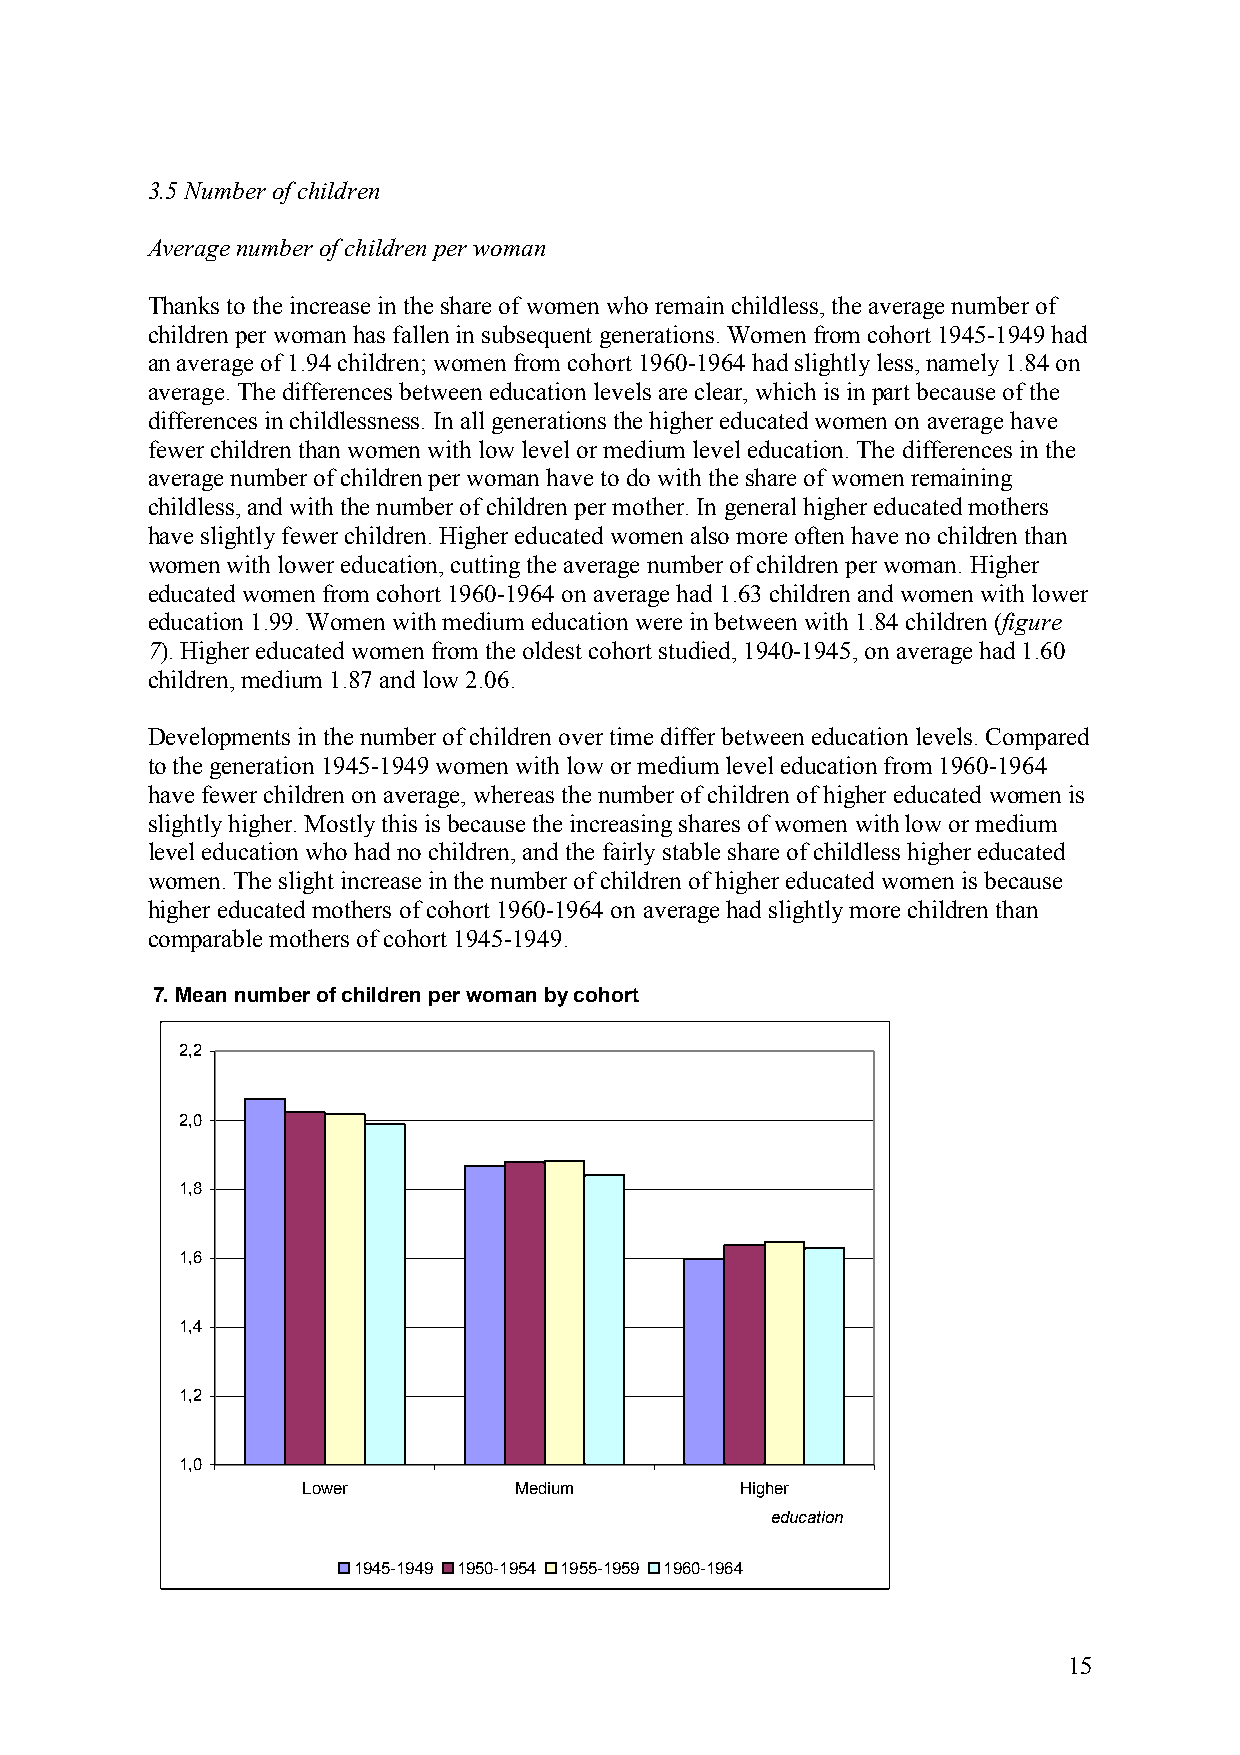
3.5 Number of children
 Average number of children per woman
 Thanks to the increase in the share of women who remain childless, the average number of
 children per woman has fallen in subsequent generations. Women from cohort 1945-1949 had
 an average of 1.94 children; women from cohort 1960-1964 had slightly less, namely 1.84 on
 average. The differences between education levels are clear, which is in part because of the
 differences in childlessness. In all generations the higher educated women on average have
 fewer children than women with low level or medium level education. The differences in the
 average number of children per woman have to do with the share of women remaining
 childless, and with the number of children per mother. In general higher educated mothers
 have slightly fewer children. Higher educated women also more often have no children than
 women with lower education, cutting the average number of children per woman. Higher
 educated women from cohort 1960-1964 on average had 1.63 children and women with lower
 education 1.99. Women with medium education were in between with 1.84 children (figure
 7). Higher educated women from the oldest cohort studied, 1940-1945, on average had 1.60
 children, medium 1.87 and low 2.06.
 Developments in the number of children over time differ between education levels. Compared
 to the generation 1945-1949 women with low or medium level education from 1960-1964
 have fewer children on average, whereas the number of children of higher educated women is
 slightly higher. Mostly this is because the increasing shares of women with low or medium
 level education who had no children, and the fairly stable share of childless higher educated
 women. The slight increase in the number of children of higher educated women is because
 higher educated mothers of cohort 1960-1964 on average had slightly more children than
 comparable mothers of cohort 1945-1949.
 7. Mean number of children per woman by cohort
 2,2
 2,0
 1,8
 1,6
 1,4
 1,2
 1,0
 Lower         Medium         Higher
 education
 1945-1949 1950-1954 1955-1959 1960-1964
 15